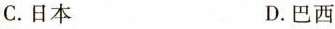
C.日本 D.巴西